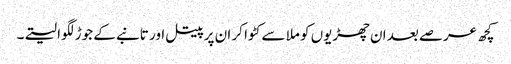
کچھ عرصے بعد ان چھڑیوں کو ملا سے کٹوا کر ان پر پیتل اور تانبے کے جوڑ لگوا لیتے۔